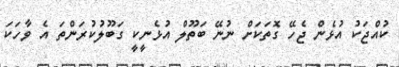
ކުއްޖަކު އުޅެން ޖެހޭ ގޮތަކަށް ނުނޭ ބަތޫލް އުޅެނީކީ ގަބޫލުކުރަންތަ އެ ވާހަކަ